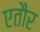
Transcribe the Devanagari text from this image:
एतौर